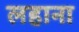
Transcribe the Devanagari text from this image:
लहाना